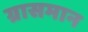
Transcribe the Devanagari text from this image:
ग्रासमान